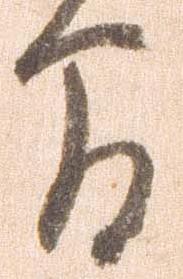
間